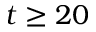
t \geq 2 0